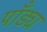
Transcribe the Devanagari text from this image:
पाँड्य